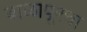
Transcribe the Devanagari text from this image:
बाळापूरचा